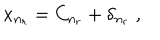
x _ { n _ { r } } = C _ { n _ { r } } + \delta _ { n _ { r } } \; ,